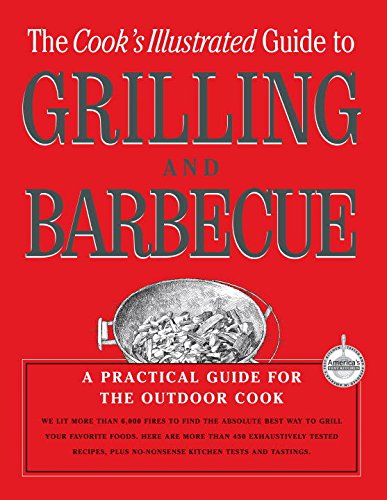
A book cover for The Cook's Illustrated Guide To Grilling And Barbecue; Cook's Illustrated Magazine Editors; Cookbooks, Food & Wine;